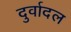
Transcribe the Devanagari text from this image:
दुर्वादल